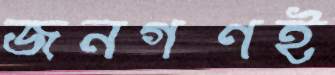
জনগণই